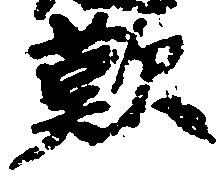
歎